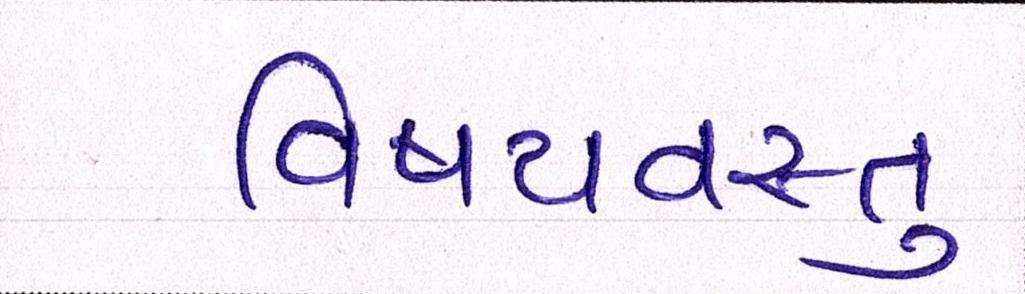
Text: વિષયવસ્તુ